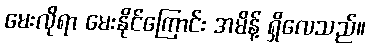
မေးလိုရာ မေးနိုင်ကြောင်း အမိန့် ရှိလေသည်။